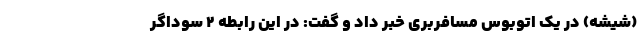
(شیشه) در یک اتوبوس مسافربری خبر داد و گفت: در این رابطه ۲ سوداگر